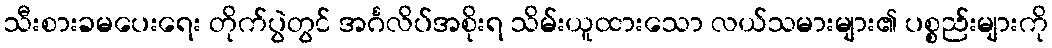
သီးစားခမပေးရေး တိုက်ပွဲတွင် အင်္ဂလိပ်အစိုးရ သိမ်းယူထားသော လယ်သမားများ၏ ပစ္စည်းများကို